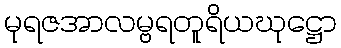
မုရဇအာလမ္ဗရတူရိယဃုဋ္ဌော